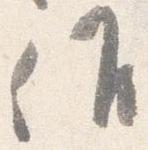
候